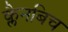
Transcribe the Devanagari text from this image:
क्लैनबिच